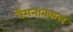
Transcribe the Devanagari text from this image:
वेंमनाक्कल